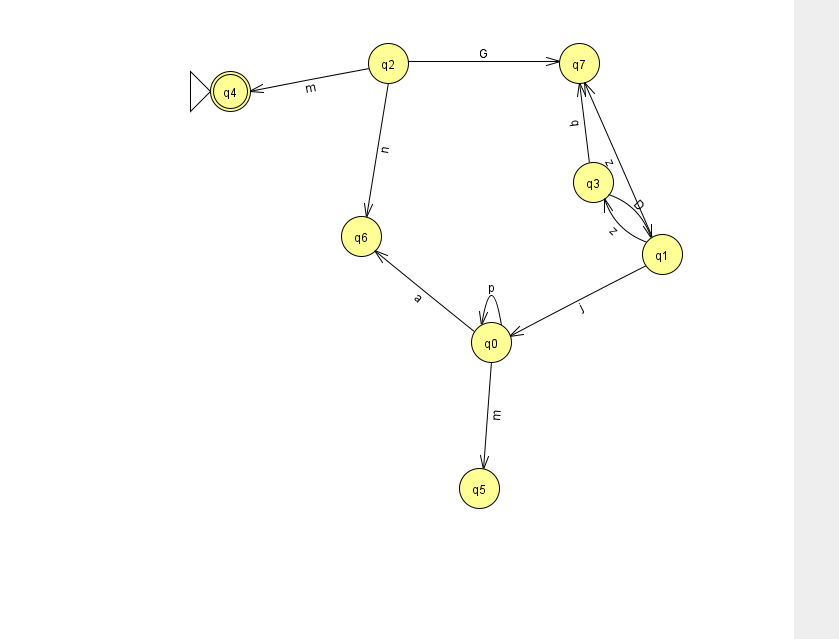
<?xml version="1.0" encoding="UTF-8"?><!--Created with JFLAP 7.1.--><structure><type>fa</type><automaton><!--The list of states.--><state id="0" name="q0"><x>491.0</x><y>329.0</y></state><state id="1" name="q1"><x>662.0</x><y>241.0</y></state><state id="2" name="q2"><x>388.0</x><y>50.0</y></state><state id="3" name="q3"><x>593.0</x><y>169.0</y></state><state id="4" name="q4"><x>230.0</x><y>78.0</y><initial/><final/></state><state id="5" name="q5"><x>479.0</x><y>475.0</y></state><state id="6" name="q6"><x>361.0</x><y>223.0</y></state><state id="7" name="q7"><x>579.0</x><y>50.0</y></state><!--The list of transitions.--><transition><from>0</from><to>0</to><read>p</read></transition><transition><from>1</from><to>7</to><read>z</read></transition><transition><from>2</from><to>4</to><read>m</read></transition><transition><from>2</from><to>6</to><read>n</read></transition><transition><from>3</from><to>1</to><read>D</read></transition><transition><from>0</from><to>6</to><read>a</read></transition><transition><from>1</from><to>3</to><read>z</read></transition><transition><from>3</from><to>7</to><read>q</read></transition><transition><from>0</from><to>5</to><read>m</read></transition><transition><from>2</from><to>7</to><read>G</read></transition><transition><from>1</from><to>0</to><read>j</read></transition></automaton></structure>